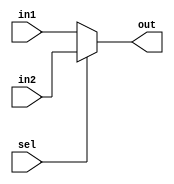

module mux_2to1_16b(
     input wire sel
    ,input wire[15:0] in1
    ,input wire[15:0] in2
    ,output wire[15:0] out
);
    assign out = (sel == 1'b0) ? in1 : in2;
endmodule